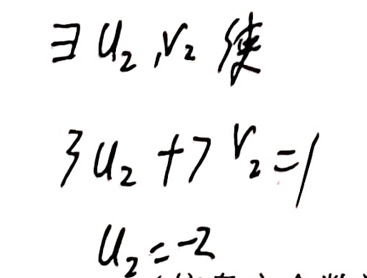
$\exists u_2, v_2 $使\\
$3u_2 + 7v_2 = 1$\\
$u_2=-2$